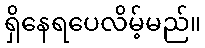
ရှိနေရပေလိမ့်မည်။